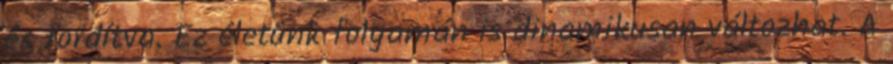
és fordítva. Ez életünk folyamán is dinamikusan változhat. A